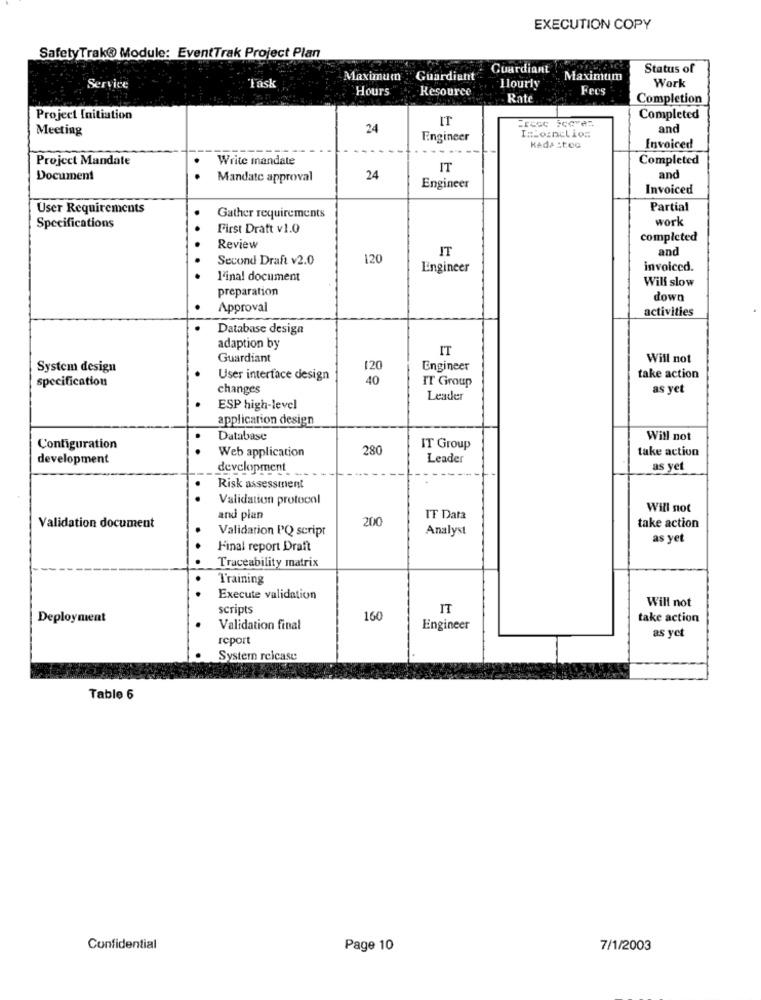
EXECUTION COPY
SafetyTrak® Module: EventTrak Project Plan
Cuardiant
Status of
Maximum
Guardiant
Maximum
Work
Service
Task
Hours
Resource
Llourly
Fees
Rate
Completion
Project Initiation
IT
Completed
Meeting
24
and
Engineer
I=loinclios
KAda St.OG
Invoiced
Project Mandate
Write mandate
Completed
IT
Document
Mandate approval
24
and
Engineer
Invoiced
User Requirements
Partial
Gather requirements
work
Specifications
..
First Dratt v1.0
completed
Review
IT
and
Second Draft v2.0
120
Engineer
invoiced.
l'inal document
Will slow
preparation
down
Approval
activities
Database desiga
adaption by
IT
Guardiant
Will not
System design
120
Engineer
specification
User interface design
40
IT Group
take action
changes
as yet
Leader
ESP high-level
application design
Database
Will not
Configuration
.
Web application
280
IT Group
take action
development
Leader
development
as yet
.
Risk assessment
Validation protocol
Will not
and plan
200
IF Data
Validation document
Validation IQ script
Analyst
take action
.
as yet
Final report Draft
Traceability matrix
Training
Execute validation
Will not
scripts
IT
Deployment
160
take action
Validation final
Engineer
as yet
report
Systern reicase
Table 6
Confidential
Page 10
7/1/2003